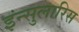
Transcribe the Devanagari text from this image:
इन्सुलारिस